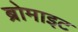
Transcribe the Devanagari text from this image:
ब्रोमाइट